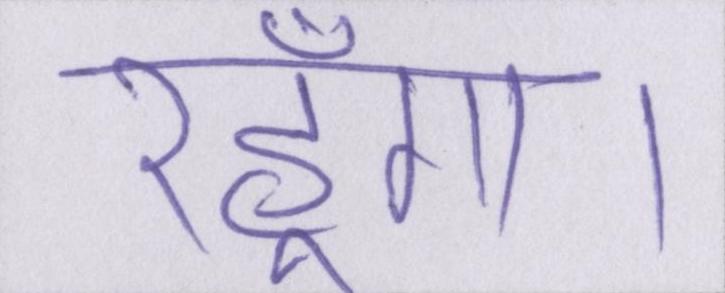
रहूँगा।